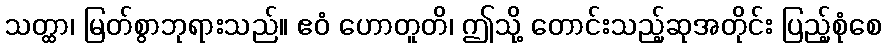
သတ္ထာ၊ မြတ်စွာဘုရားသည်။ ဧဝံ ဟောတူတိ၊ ဤသို့ တောင်းသည့်ဆုအတိုင်း ပြည့်စုံစေ